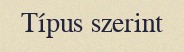
Típus szerint